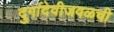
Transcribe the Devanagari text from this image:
दुर्गादेवीजवळची